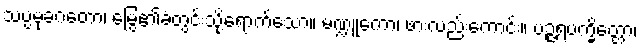
သပ္ပမုခဂတော၊ မြွေ၏ခံတွင်းသို့ရောက်သော။ မဏ္ဍူကော၊ ဖားလည်းကောင်း။ ပဉ္ဇရပက္ခိတ္တော၊